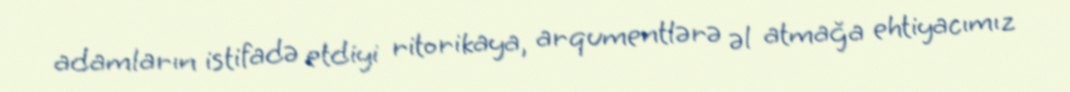
adamların istifadə etdiyi ritorikaya, arqumentlərə əl atmağa ehtiyacımız